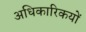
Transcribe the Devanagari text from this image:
अधिकारिकयों